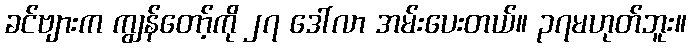
ခင်ဗျားက ကျွန်တော့်ကို ၂၇ ဒေါ်လာ အမ်းပေးတယ်။ ၃၇မဟုတ်ဘူး။